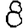
Digit: 8